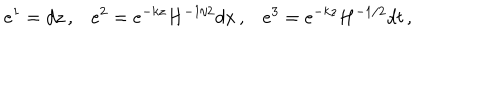
e ^ { 1 } = d z \, , e ^ { 2 } = e ^ { - k z } H ^ { - 1 / 2 } d x \, , e ^ { 3 } = e ^ { - k z } H ^ { - 1 / 2 } d t \, ,